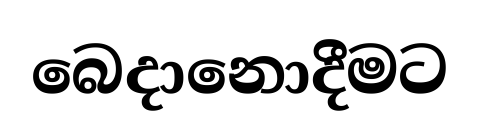
බෙදානොදීමට